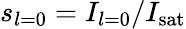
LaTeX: s_{l=0}=I_{l=0}/I_{\mathrm{sat}}